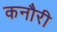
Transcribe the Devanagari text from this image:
कनौरी